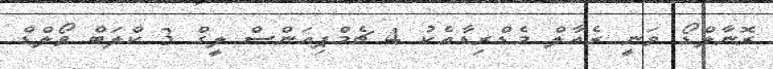
ރޮނާލްޑޯ ވަނީ ރެއާލް މެޑްރިޑާއެކު 4 ޗެމްޕިއަންސް ލީގް 3 ކްލަބް ވޯލްޑް